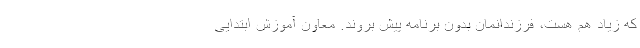
که زیاد هم هست، فرزندانمان بدون برنامه پیش بروند. معاون آموزش ابتدایی